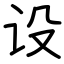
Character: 设